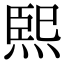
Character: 𤋮